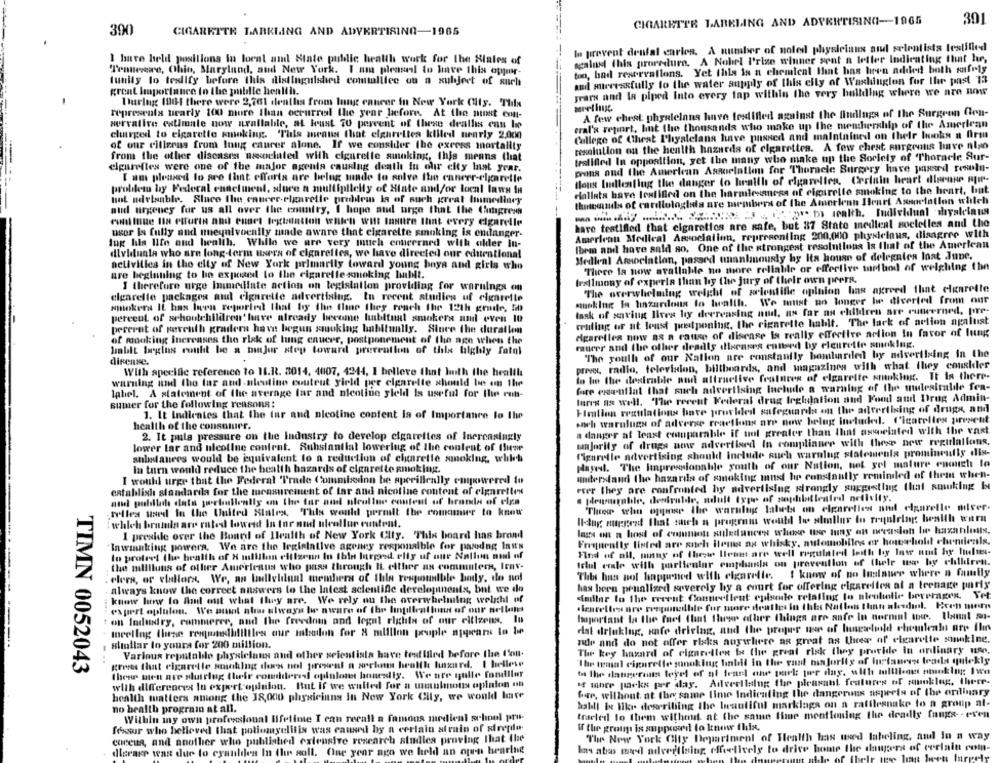
CIGARETTR LABELING AND ADVERTISING-1965
391
390
CIGARETTE LABKLING AND ADVERTISING-1965
la prevent dental caries. A number of noled physicians aud selentists testified
I have held positions in local and State public health work for the Siales of
ogalnd this procedure. A Nobel P'rize winner sent a letter Indicating that he,
too, bad reservallons. Yet this is a chemical that has been added both sfrly
Tenteverre, Ohio, Maryland, and New York. I am pleaseal to have this oppr-
tunity to testify before this distinguished comtalllee on a subject of such
and mtecessfully to the water supply of this city of Washington for the past 13
great laportance to the public health.
years and la piped Into every tap within the very building where we are now
During 1961 there were 2,701 deaths from lung cancer in New York (His. This
representa nearly 100 more than occurred the year before. At the minst emt-
A few chest phyalelans have testified against the findings of the Surgeon Con-
serralire estimate now weallable, at kust 70 percent of these dealls can be
eral's report, but the thousands who make up the membership of the American
charged to cigarette smoking. This means that elgarelles killed nearly 2.000
College of Chest Phyalelans have passed and maintained on their books a firm
of our citizens from long caurer alone. If we consider the excess mortality
resolution on the health hazards of cigarettes. A few chest surgeons have nian
from the other diseases associated with cigarette auking, this means that
testified In opposition, yet the many who make up the Society of Thoracle Sur-
elpurefles were one of the major agenta causing death fu olur city last year.
prins oud the American Association for Thoracle Surgery have passed rewolu-
I am pleased to are that efforts are belug made to solve the caneer-elgaretle
tous ludlenflug the danger to health of cigarelles, Certain heart disease pfif-
probiletu by Federal enactment, slure n multiplicity of State and/or local laws In
dallata have lentified on the harmilesaness of cigarette smoking to the heart, but
hot ndelaable. Sluce the cancer-elgarelle problems la of such great Immediacy
thuterasules of cardiologials are members of the Amerlenn Heart Association which
aud urgency for us all over the enumfry, I hope and urge that the Congress
Por b wealth. Individual shyalelaus
continue la etfurin and cuart legislation which will lasttre that every cigaretle
hare testified that cigaretios are safe, but 87 State medieal soclelles and the
user Is fully and unequivocally made aware that cigarette smoking is endanger-
American Medical Association, representing 200,000 physicinus, disagree with
Ing his life and health. While we are very much enneerard with older in-
fbem and have sald so. One of the strongest resolutions Is that of the American
dlvidunta who are long-term users of cigarelles, we have directed our edurational
Medieal Amsociation, passed unanimously by Its house of delegates lost June.
activities in the city of New York primarily toward young boys and girls who
There la now available no more reliable or effective method of weighing the
are beginning to be exposed to the cigarette smoking Inbilt.
trollmony of experia than hy the jury of their own prers.
I therefore urge Immediate action on legislation providing for warnings on
"The overwhelming weight of scientific opinion has agreed that cigarette
cigarelle packages and cigarette advertising. In recent studies uf cigarette
musking la linzardous to twallh. We must no longer be diverted from our
smokers IL has been reported that by the time they reach the 12th grade, I
task of saving lives hy decreasing and, as far as children are cutweerned, pre-
percent of schoutchildren' have already become habitual smokers and even 10
wuling or at least postponing, the cigarette hablt. The lack of action agalust
perernt of reventh graders have begun smoking habitually. Since the duration
Agareflex now as a cause of disease is really effective arlion In favor of lung
of monking increases the risk of lung cancer, postponement of the age when the
cancer and the other deadly diseases ennord by elenrette smoking.
hablt laglas could be a binjur step toward prevention of this highly fatnl
"The youth of our Nation are constantly bombarded by advertising in the
dirense.
pres, radio, television, billboards, and magazines with what they couskler
With specific reference to 11.R. 3014, 4007, 4244, I believe that both the health
to he the desirable and attractive features of elgarette smoking. It is there-
warning und the tar aud nleutine couteut yield pee cigarette should be on the
fore essential that such advertising Include a warning of the mudlesitalie fea-
label. A statement of the average far and nicotine yleld Is useful for the rub-
lures as well. "The recent Federal drug leghdation and Food and Drug Admin-
sumer for the following reasons:
Fimallon wraulations have provided safeguards on the advertising of drugs, and
1. It indicates that the tur and nicotine content is of Im
tance lo the
soch warnlugs of adverse reactions are now belug included. ('igatelles present
health of the consumer.
2. It pula pressure on the Industry to develop cigarettes of Increasingly
a danger at least comparable if not greater than that associated with the vast
majority of drugs none advertised In compliance with these new regulations,
lower lar and ulcollue contrat. Substantial lowering of the content of fuese
substances would be iequivalent to a reduction of cigarette smoking, which
figarelle advertising should include auch warnlug statements prominently dis-
paged. The Impressionable youth of our Nation, net yel mature enough lo
In turn would reduce the health hazards of cigarette smoking.
understand the hazards of smoking mns he constantly reminded of them when-
I would urge that the Federal Trade Commission be aperilically empowered 10
ever they are confronted hy advertising strongly suggestlug that smoking Ist
establish standarda for the measurement of far and nicotine content of cigarettes
and pubillathe data perbullently on the far and nleullur content of brands of cles
telles used In the United States. This would permit the romaner to know
Three who oppose the warulug labels on cigarettes und elgarelle milver-
Il-ing mupgrad that such a program would lo slmllur to requiring health wira
: which brands are rated lowend In tor and uleallur contrat.
I preside over the Board of Health of New York City. 'This board hins brand
lags on a host of commons auledances whowe use tuny on meusion le hazirlusts.
Frequently listed are such items au whisky, automobiles or howshold chemicals.
Inwinking powers, We are the legislative ageney responsible for pasdag Inw's
to protect the health of X millen citizens Io Ibia larged elig uf our Nation and of
Find of all, many of these Ilents are well regulated loth by law nud hy hulusi-
Iclul cole with particular emphasis on prevention of their wsw by children.
the millions of other Americaus who pass through It either an commuters, trav-
This has not happened with cigarette. I know of no luslauer where a family
elers, or elallora, We, an budlvldual members of this respountble body, do not
has been peualized severely by a court for offering cigarelles al a teenage party
always know the correct answers to the Intest scientific developments, but we do
dadllar to the recent Conneellent episode relating to alcoholic beverages, Yet
know how to And out what they are. We rely on the overwhelming weight of
expert oplulon. We aust alu always be aware of the lingilleations of our arllame
haportant la the fart Chant Hluwe other things are anfe In normal ter. Ulanat ar-
t on Industry, commerce, and The freedom and legal rights of our citizens, lu
moreling these resmedi!ilties our mbselon for 8 million pruple aigars io 1⑈
dist deluklug, safe driving, and the proper ww of lunesfuld chemlento are Il
zde and do not offer risks anywhere as great as thees of elearelle somnaklee.
Blindlar lo youra for 200 million.
Various reputable physiclaus and other scientists have testified before the foul.
The key hazard of cigarettes be the great risk they provide in ordinary use.
grenes that cigarette smoking does not present a week health hussard. I hellese
The temal cigarette sonoking hanbal in the vant ban jority of lulauren leada quickly
TIMN 0052043
these men are sluttlug their comideres opinionst honesty. We ner mulle Fandller
with differences In expert opinion. But If we waited for a wimulenous opinion on
' more packs per day. Advertising the pleasant features of squoklug, there.
for, without at the same time Indicating the dangerous aspects of the ordinary
health matters among the 38,000 physicians In New York City, we would Inte
balll be like describing the beautiful marklags on a rafflesnake to a group at-
no health program at all.
Within my own professional lifetime I can recall a famous medieni selpol pro-
tracled to them without at the same time mentioning the deadly fangs- - even
fessur who believed that poliomyelitis was caused by a certain atrain of strepdo-
W the group is supposed to know this.
coceua, and another who published extensive research studies proving That the
The New York City Department of Health has used labeling, and In a way
kas ation med advertising effectively to drive home the dangers of certain com-
dleraer was due to cyanlien In the soll. One year ago we held an open hearing
Jeen largely